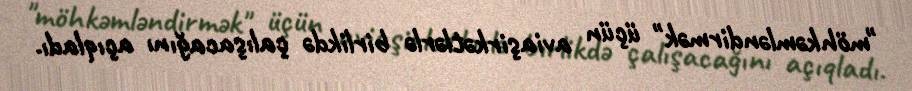
"möhkəmləndirmək" üçün aviaşirkətlərlə birlikdə çalışacağını açıqladı.